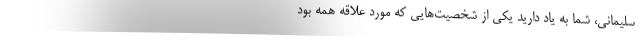
سلیمانی، شما به یاد دارید یکی از شخصیت‌هایی که مورد علاقه همه بود